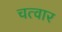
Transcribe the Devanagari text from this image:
चत्वार